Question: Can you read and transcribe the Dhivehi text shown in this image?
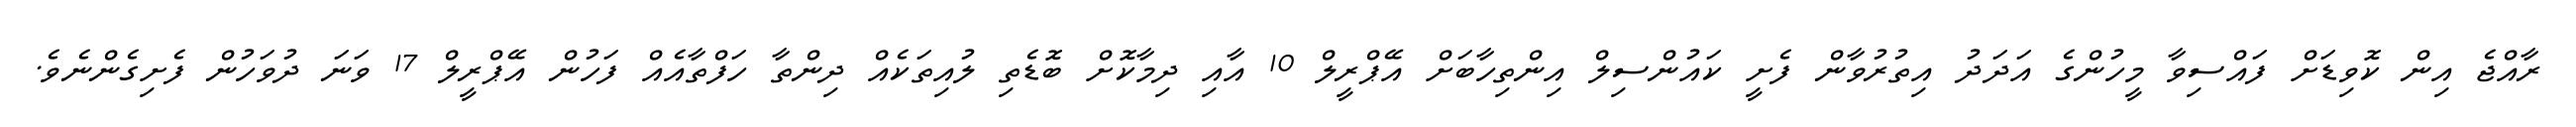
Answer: ރާއްޖެ އިން ކޮވިޑަށް ފައްސިވާ މީހުންގެ އަދަދު އިތުރުވާން ފެށީ ކައުންސިލް އިންތިހާބަށް އޭޕްރީލް 10 އާއި ދިމާކޮށް ބޮޑެތި ލުއިތަކެއް ދިންތާ ހަފްތާއެއް ފަހުން އޭޕްރީލް 17 ވަނަ ދުވަހުން ފެށިގެންނެވެ.